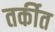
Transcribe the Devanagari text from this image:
तर्कीत